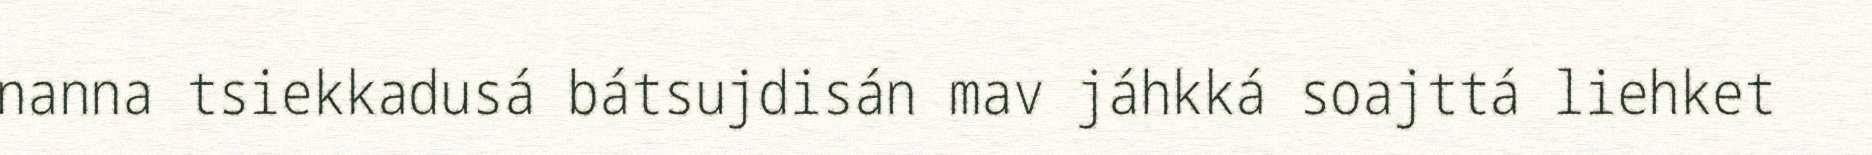
nanna tsiekkadusá bátsujdisán mav jáhkká soajttá liehket